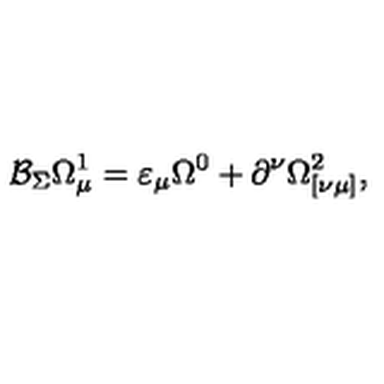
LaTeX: \mathcal { B } _ { \Sigma } \Omega _ { \mu } ^ { 1 } = \varepsilon _ { \mu } \Omega ^ { 0 } + \partial ^ { \nu } \Omega _ { [ \nu \mu ] } ^ { 2 } ,